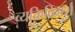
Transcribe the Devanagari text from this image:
व्यक्तिविमर्श